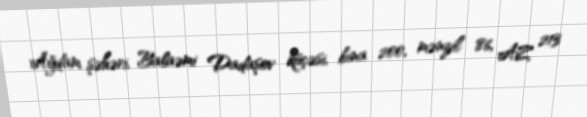
Ağdam şəhəri, Balaəmi Dadaşov küçəsi, bina 200, mənzil 86, AZ 213